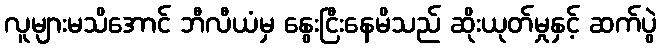
လူများမသိအောင် ဘီလီယံမှ နွေးငြီးနေမိသည် ဆိုးယုတ်မှုနှင့် ဆက်ပွဲ